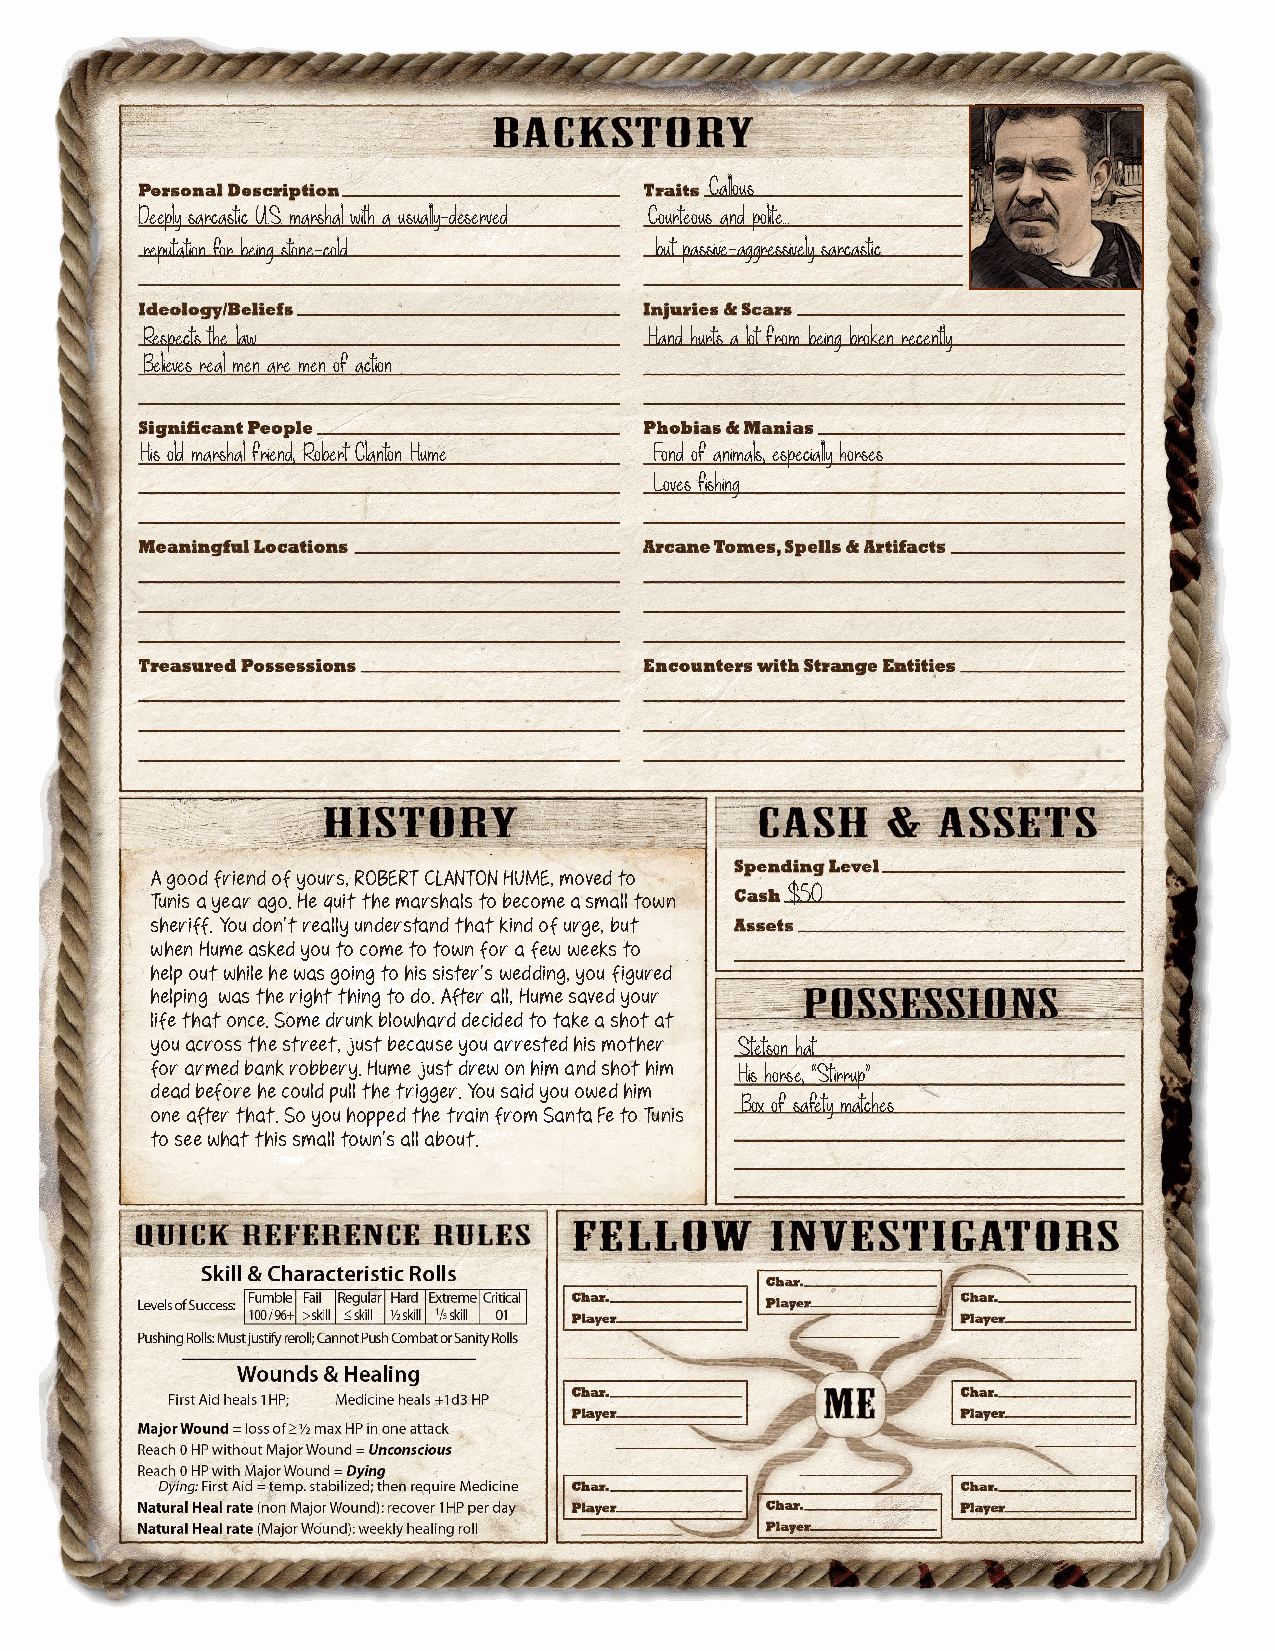
Callous
 Deeply sarcastic U.S. marshal with a usually-deserved Courteous and polite...
 reputation for being stone-cold   ...but passive-aggressively sarcastic
 Respects the law                  Hand hurts a lot from being broken recently
 Believes real men are men of action
 His old marshal friend, Robert Clanton Hume Fond of animals, especially horses
 Loves fishing
 A good friend of yours, ROBERT CLANTON HUME, moved to
 $50
 Tunis a year ago. He quit the marshals to become a small town
 sheriff. You don’t really understand that kind of urge, but
 when Hume asked you to come to town for a few weeks to
 help out while he was going to his sister’s wedding, you figured
 helping was the right thing to do. After all, Hume saved your
 life that once. Some drunk blowhard decided to take a shot at
 you across the street, just because you arrested his mother Stetson hat
 for armed bank robbery. Hume just drew on him and shot him His horse, “Stirrup”
 dead before he could pull the trigger. You said you owed him
 Box of safety matches
 one after that. So you hopped the train from Santa Fe to Tunis
 to see what this small town’s all about.